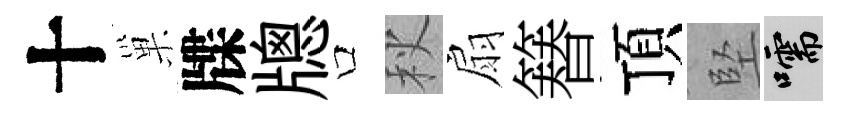
十巢牒牕口秋扇簮頂堅嚅